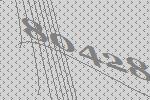
80428